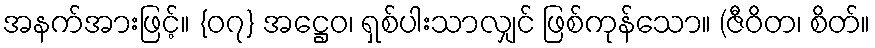
အနက်အားဖြင့်။ {၀၇} အဋ္ဌေဝ၊ ရှစ်ပါးသာလျှင် ဖြစ်ကုန်သော။ (ဇီဝိတ၊ စိတ်။